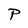
Character: P